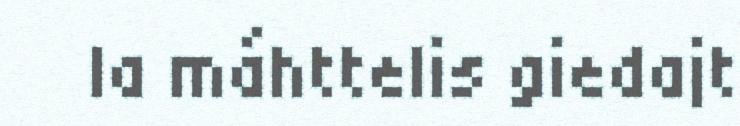
la máhttelis giedajt